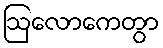
ဩလောကေတွာ